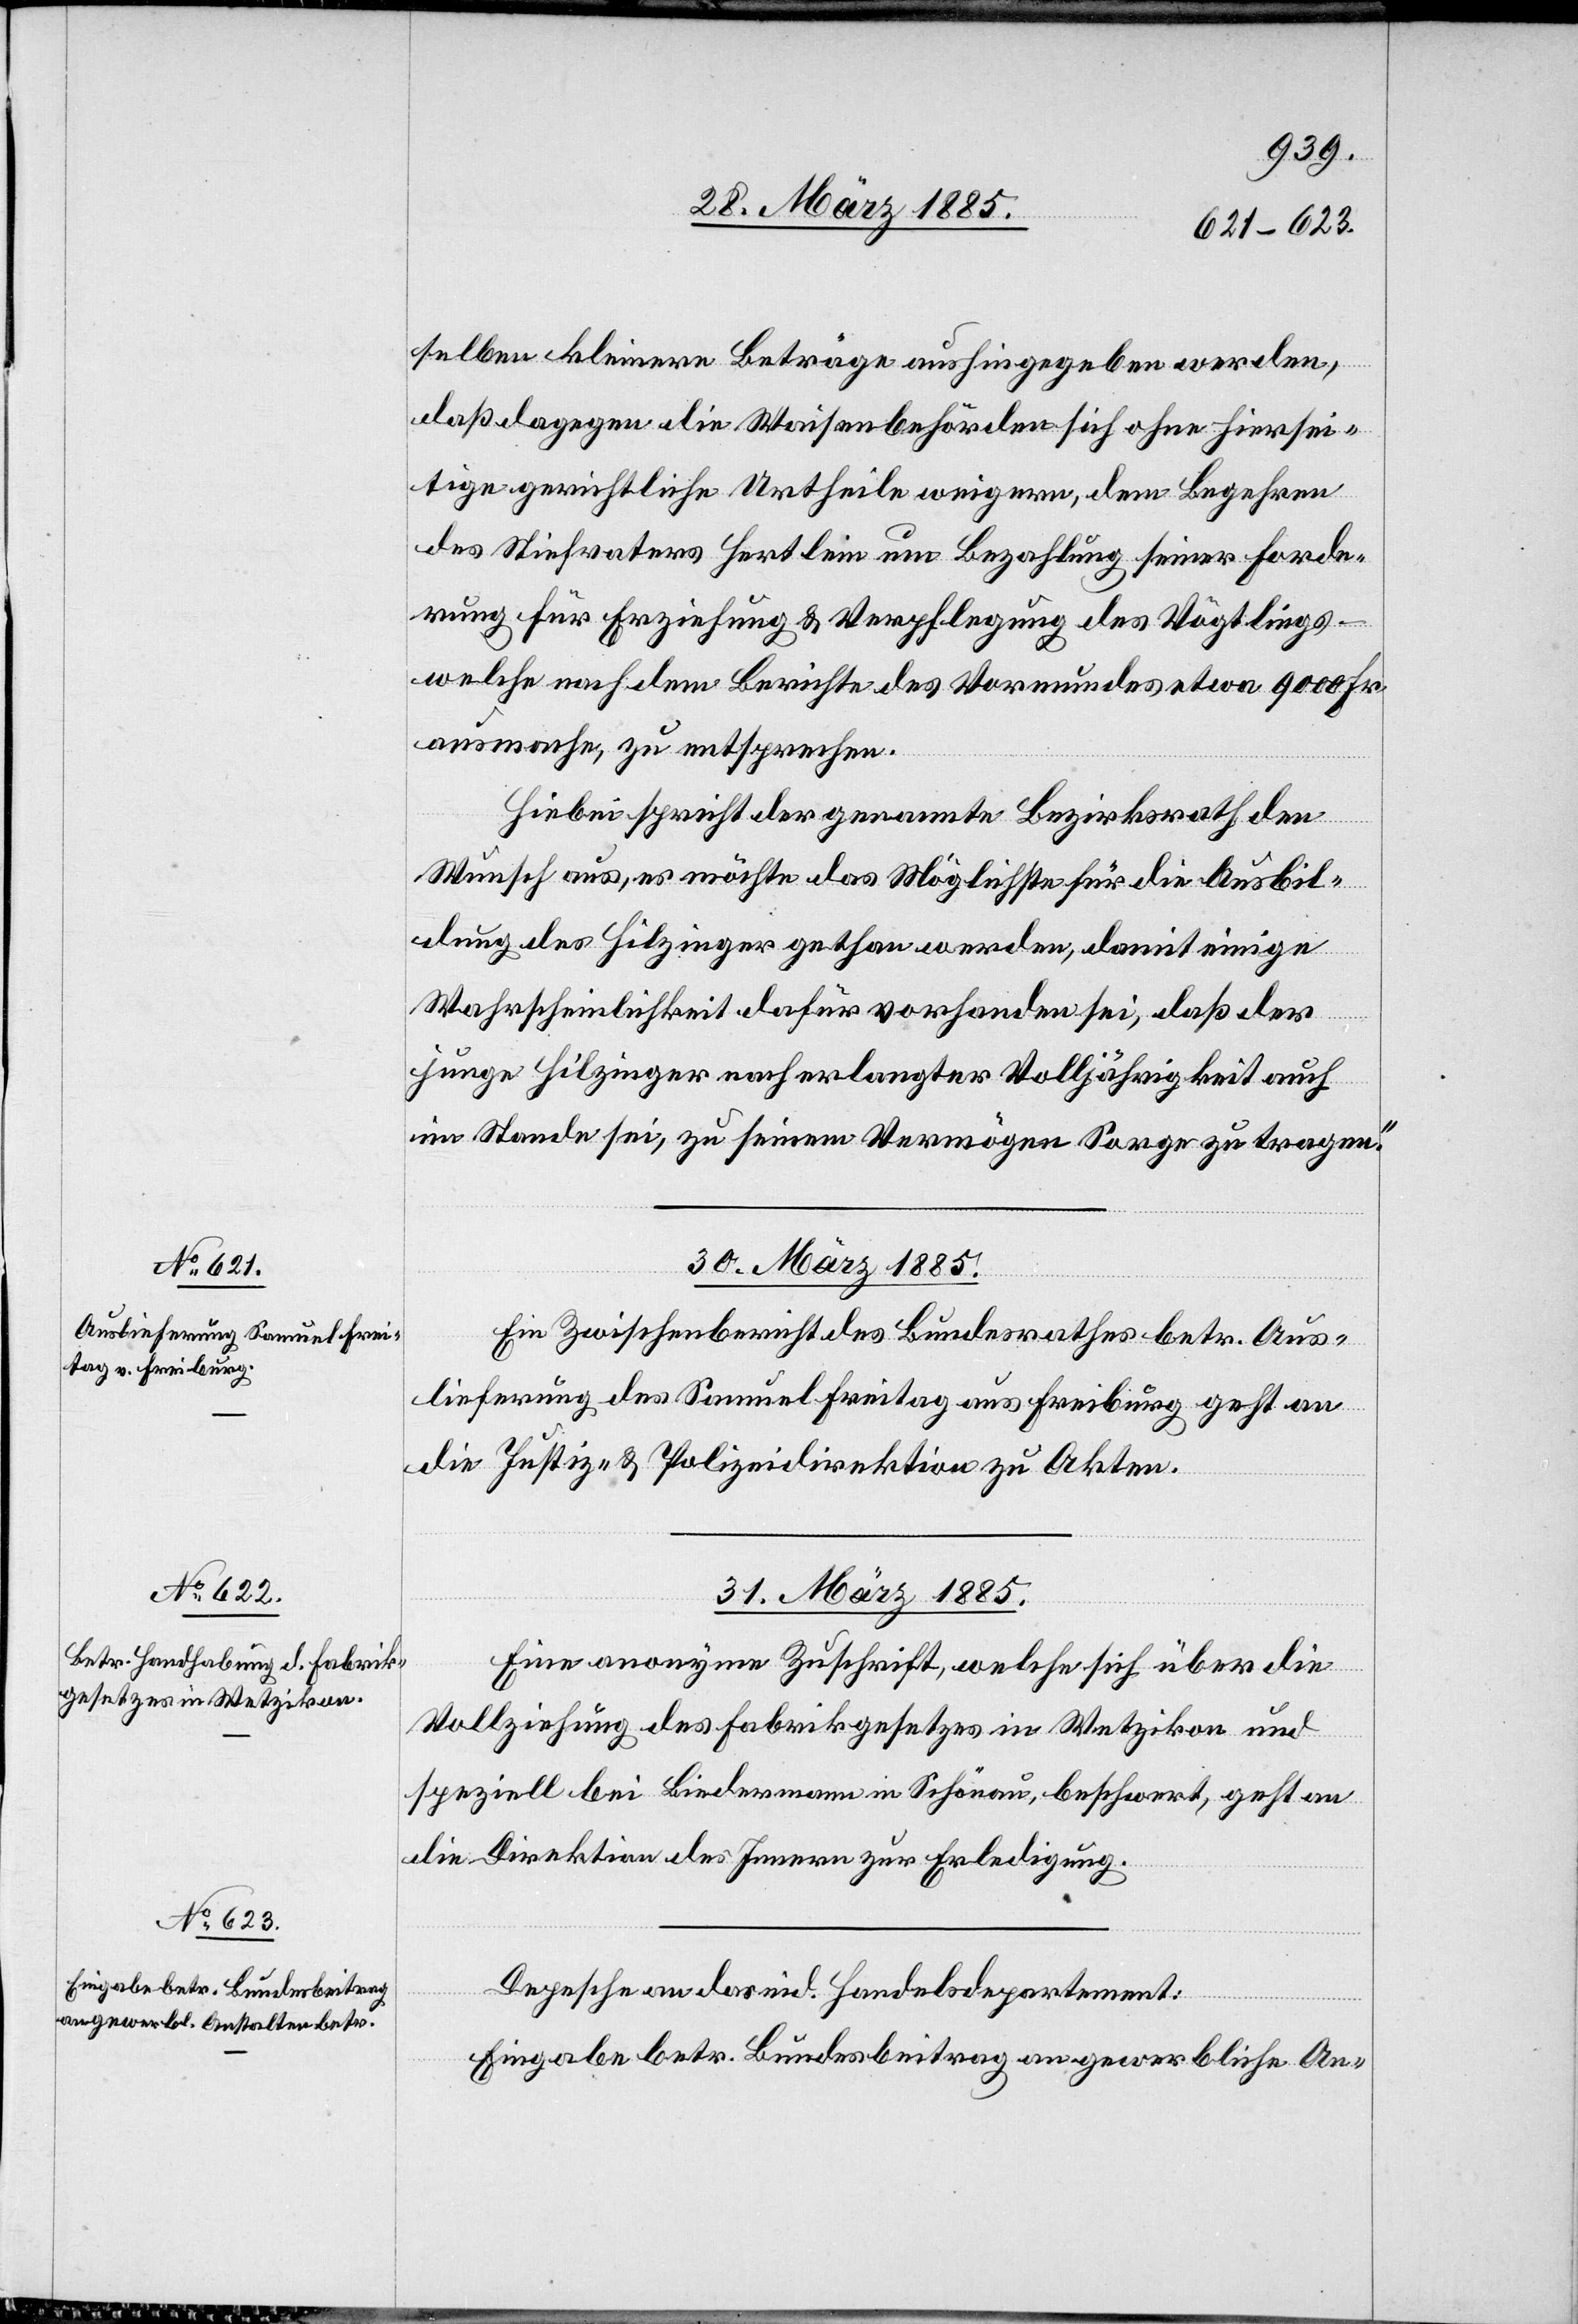
selben kleinere Beträge aushingegeben werden,
daß dagegen die Waisenbehörden sich ohne hiersei¬
tige gerichtliche Urtheile weigern, dem Begehren
des Stiefvaters Hertlein um Bezahlung seiner Forde¬
rung für Erziehung & Verpflegung des Vögtlings
welche nach dem Berichte des Vormundes etwa 9000 Fr.
ausmache, zu entsprechen.
Hiebei spricht der genannte Bezirksrath den
Wunsch aus, es möchte das Möglichste für die Ausbil¬
dung des Hilzinger gethan werden, damit einige
Wahrscheinlichkeit dafür vorhanden sei, daß der
junge Hilzinger nach erlangter Volljährigkeit auch
im Stande sei, zu seinem Vermögen Sorge zu tragen.“
30. März 1885.
Ein Zwischenbericht des Bundesrathes betr. Aus¬
lieferung des Samuel Freitag aus Freiburg geht an
die Justiz- & Polizeidirektion zu Akten.
31. März 1885.]
Eine anonyme Zuschrift, welche sich über die
Vollziehung des Fabrikgesetzes in Wetzikon und
speziell bei Biedermann in Schönau, beschwert, geht an
die Direktion des Innern zur Erledigung.
Depesche an das eid. Handelsdepartement:
Eingabe betr. Bundesbeitrag an gewerbliche An-